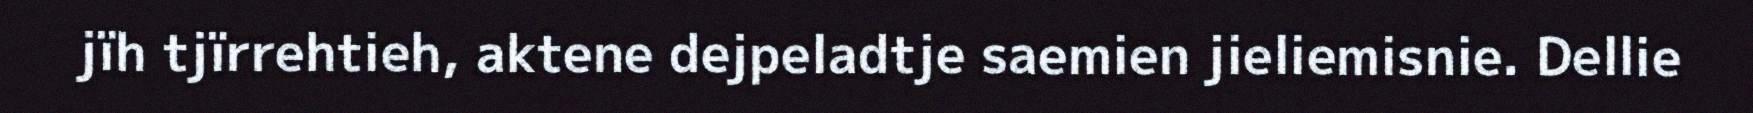
jïh tjïrrehtieh, aktene dejpeladtje saemien jieliemisnie. Dellie